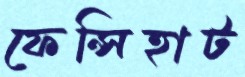
ফেন্সিহাট